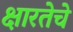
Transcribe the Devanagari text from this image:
क्षारतेचे